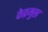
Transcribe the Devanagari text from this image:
केप्रमुख